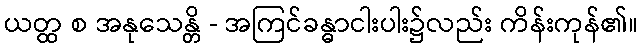
ယတ္ထ စ အနုသေန္တိ - အကြင်ခန္ဓာငါးပါး၌လည်း ကိန်းကုန်၏။